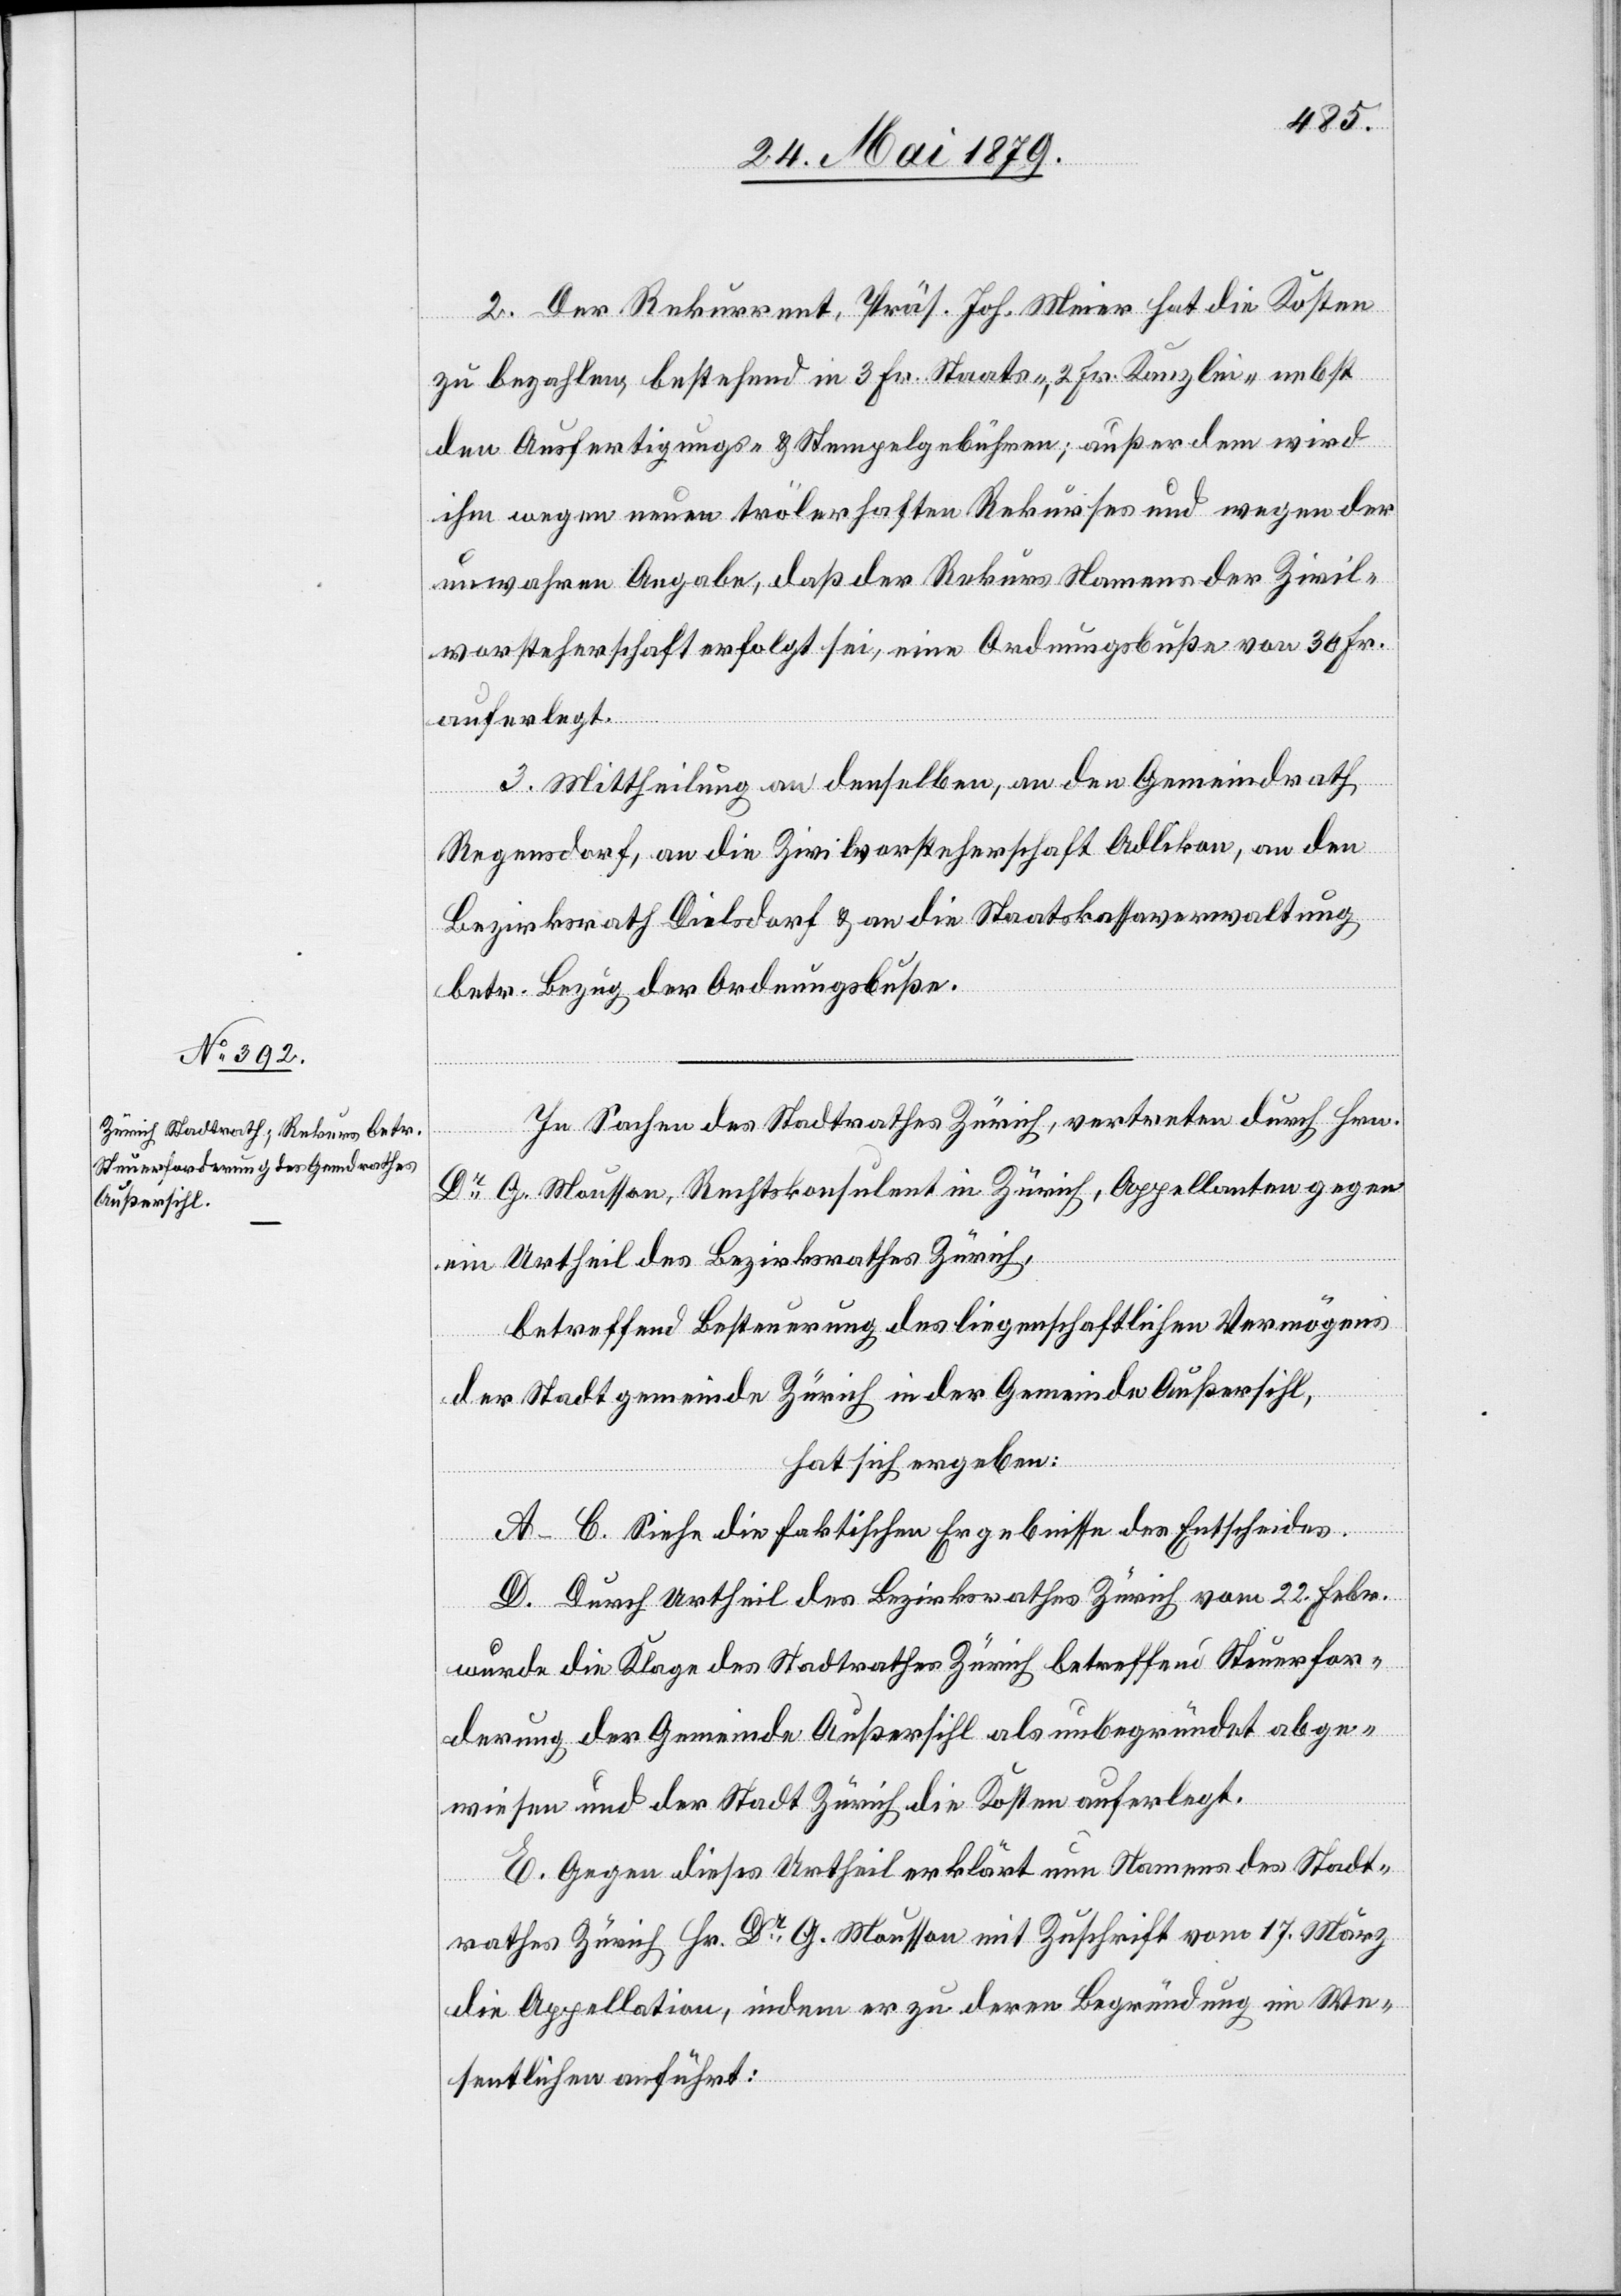
2. Der Rekurrent, Präs. Joh. Meier hat die Kosten
zu bezahlen, bestehend in 3 Fr. Staats-, 2 Fr. Kanzlei- nebst
den Ausfertigungs- & Stempelgebühren; außerdem wird
ihm wegen neuen trölerhaften Rekurses und wegen der
unwahren Angabe, daß der Rekurs Namens der Zivil¬
vorsteherschaft erfolgt sei, eine Ordnungsbuße von 30 Fr.
auferlegt.
3. Mittheilung an denselben, an den Gemeindrath
Regensdorf, an die Zivilvorsteherschaft Adlikon, an den
Bezirksrath Dielsdorf & an die Staatskassaverwaltung
betr. Bezug der Ordnungsbuße.
In Sachen des Stadtrathes Zürich, vertreten durch Hrn.
Dr G. Mousson, Rechtskonsulent in Zürich, Appellanten gegen
ein Urtheil des Bezirksrathes Zürich,
betreffend Besteuerung des liegenschaftlichen Vermögens
der Stadtgemeinde Zürich in der Gemeinde Außersihl,
hat sich ergeben:
A–C. Siehe die faktischen Ergebnisse des Entscheides.
D. Durch Urtheil des Bezirksrathes Zürich vom 22. Febr.
wurde die Klage des Stadtrathes Zürich betreffend Steuerfor¬
derung der Gemeinde Außersihl als unbegründet abge¬
wiesen und der Stadt Zürich die Kosten auferlegt.
E. Gegen dieses Urtheil erklärt nun Namens des Stadt¬
rathes Zürich Hr. Dr G. Mousson mit Zuschrift vom 17. März
die Appellation, indem er zu deren Begründung im We¬
sentlichen anführt: